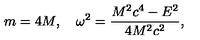
m = 4 M , \quad \omega ^ { 2 } = \frac { M ^ { 2 } c ^ { 4 } - E ^ { 2 } } { 4 M ^ { 2 } c ^ { 2 } } ,